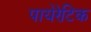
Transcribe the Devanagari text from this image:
पायेरेटिक